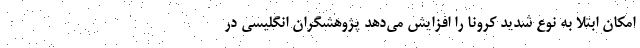
امکان ابتلا به نوع شدید کرونا را افزایش می‌دهد پژوهشگران انگلیسی در